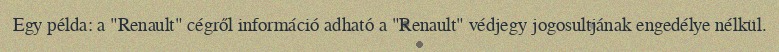
Egy példa: a "Renault" cégről információ adható a "Renault" védjegy jogosultjának engedélye nélkül.